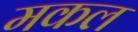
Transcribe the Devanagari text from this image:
मकल